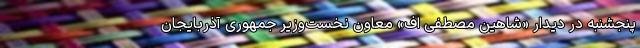
پنجشنبه در دیدار «شاهین مصطفی اف» معاون نخست‌وزیر جمهوری آذربایجان